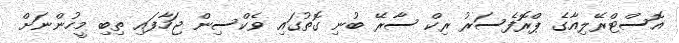
އޮސްޓްރޭލިއާގެ ޕްރޮފެސަރު ރިކް ސާރޭ ބުނި ގޮތުގައި ވެކްސިން ޖަހާފައި ތިބި މީހުންނަށް